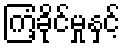
ကြံ့ခိုင်မှုနှင့်